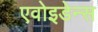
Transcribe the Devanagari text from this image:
एवोइडेन्स